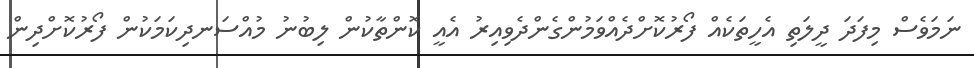
ނަމަވެސް މިފަދަ ދީލަތި އެހީތަކެއް ފޯރުކޮށްދެއްވަމުންގެންދެވިއިރު އެއީ ކޮންތާކުން ލިބުނު މުއްސަނދިކަމަކުން ފޯރުކޮށްދިން